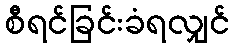
စီရင်ခြင်းခံရလျှင်